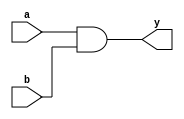
module simple_continuous_assignment (
    input wire a,         // First input
    input wire b,         // Second input
    output wire y         // Output
);

// Continuous assignment using the assign statement
assign y = a & b;       // y is continuously assigned the logical AND of a and b

endmodule